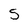
Character: 5